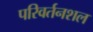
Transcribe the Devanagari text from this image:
परिवर्तनशल